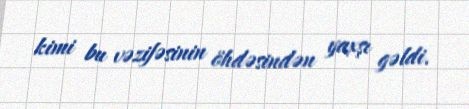
kimi bu vəzifəsinin öhdəsindən yaxşı gəldi.